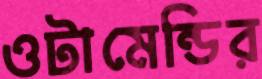
ওটামেন্ডির